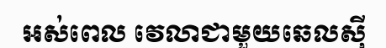
អស់ពេល វេលាជាមួយឆេលស៊ី